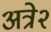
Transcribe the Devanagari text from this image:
अत्रे२